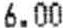
6.00